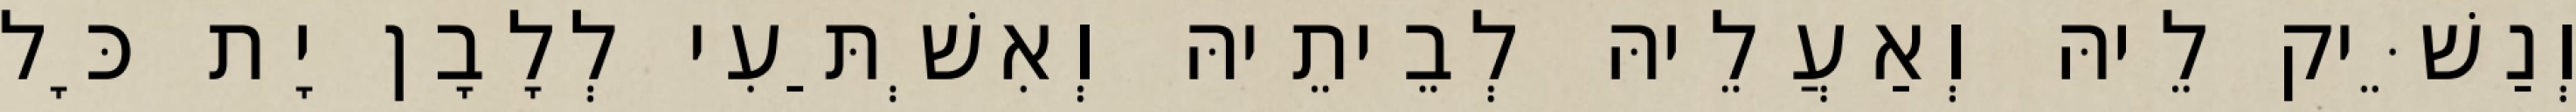
וְנַשֵּׁיק לֵיהּ וְאַעֲלֵיהּ לְבֵיתֵיהּ וְאִשְׁתַּעִי לְלָבָן יָת כָּל